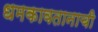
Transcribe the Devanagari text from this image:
धमकावतानाची